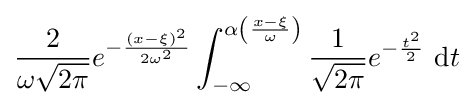
{\frac {2}{\omega {\sqrt {2\pi }}}}e^{-{\frac {(x-\xi )^{2}}{2\omega ^{2}}}}\int _{-\infty }^{\alpha \left({\frac {x-\xi }{\omega }}\right)}{\frac {1}{\sqrt {2\pi }}}e^{-{\frac {t^{2}}{2}}}\ \mathrm {d} t